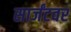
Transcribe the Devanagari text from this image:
सार्जंटवर